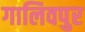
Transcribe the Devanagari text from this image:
गालिवपुर